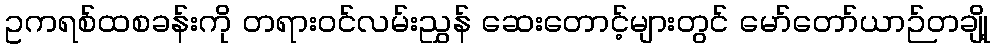
ဥကရစ်ထစခန်းကို တရားဝင်လမ်းညွှန် ဆေးတောင့်များတွင် မော်တော်ယာဉ်တချို့